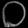
Digit: ၀